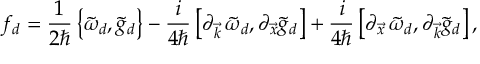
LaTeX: f _ { d } = \frac { 1 } { 2 \hbar } \left\{ \tilde { \omega } _ { d } , \tilde { g } _ { d } \right\} - \frac { i } { 4 \hbar } \left[ \partial _ { \vec { k } } \, \tilde { \omega } _ { d } , \partial _ { \vec { x } } \tilde { g } _ { d } \right] + \frac { i } { 4 \hbar } \left[ \partial _ { \vec { x } } \, \tilde { \omega } _ { d } , \partial _ { \vec { k } } \tilde { g } _ { d } \right] ,